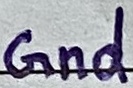
Text: Gnd